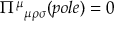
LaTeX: \Pi ^ { \mu } { } _ { \mu \rho \sigma } ( p o l e ) = 0